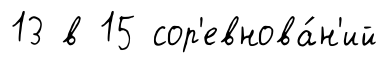
13 в 15 сор'евнова́н'ий